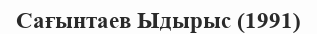
Сағынтаев Ыдырыс (1991)